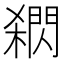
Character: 閷